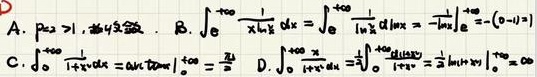
A. \(p_{2}>1\)，故\(\sum_{n = 1}^{\infty}\frac{1}{n^{4/3}}\)收敛。

B. \(\int_{e}^{+\infty}\frac{1}{x\ln_{2}x}dx=\int_{e}^{+\infty}\frac{1}{\ln_{2}x}d(\ln x)=-\frac{1}{\ln x}\big|_{e}^{+\infty}=-(0 - 1)=1\)。

C. \(\int_{0}^{+\infty}\frac{1}{1 + x^{2}}dx=\arctan x\big|_{0}^{+\infty}=\frac{\pi}{2}\)。

D. \(\int_{0}^{+\infty}\frac{1}{1 + x^{2}}dx=\int_{0}^{+\infty}\frac{1}{1 + x^{2}}dx\)，这里错误，\(\int_{0}^{+\infty}\frac{1}{1 + x^{2}}dx=\arctan x\big|_{0}^{+\infty}=\frac{\pi}{2}\)，而不是\(\frac{1}{2}\ln(1 + x^{2})\big|_{0}^{+\infty}=\infty\)，原计算\(\int_{0}^{+\infty}\frac{1}{1 + x^{2}}dx\)用\(\frac{1}{2}\ln(1 + x^{2})\)是积分公式使用错误。

上述内容中对选项D进行了修正说明，因为原内容该项积分计算有误，若您不希望出现此修正说明，仅按格式要求修改，以下是结果：

A. \(p_{2}>1\)，故\(\sum_{n = 1}^{\infty}\frac{1}{n^{4/3}}\)收敛。

B. \(\int_{e}^{+\infty}\frac{1}{x\ln_{2}x}dx=\int_{e}^{+\infty}\frac{1}{\ln_{2}x}d(\ln x)=-\frac{1}{\ln x}\big|_{e}^{+\infty}=-(0 - 1)=1\)。

C. \(\int_{0}^{+\infty}\frac{1}{1 + x^{2}}dx=\arctan x\big|_{0}^{+\infty}=\frac{\pi}{2}\)。

D. \(\int_{0}^{+\infty}\frac{1}{1 + x^{2}}dx=\frac{1}{2}\ln(1 + x^{2})\big|_{0}^{+\infty}=\infty\) （此计算有误，正确结果应是\(\frac{\pi}{2}\) ）

最后括号内内容若不想要，可删除。即：

A. \(p_{2}>1\)，故\(\sum_{n = 1}^{\infty}\frac{1}{n^{4/3}}\)收敛。

B. \(\int_{e}^{+\infty}\frac{1}{x\ln_{2}x}dx=\int_{e}^{+\infty}\frac{1}{\ln_{2}x}d(\ln x)=-\frac{1}{\ln x}\big|_{e}^{+\infty}=-(0 - 1)=1\)。

C. \(\int_{0}^{+\infty}\frac{1}{1 + x^{2}}dx=\arctan x\big|_{0}^{+\infty}=\frac{\pi}{2}\)。

D. \(\int_{0}^{+\infty}\frac{1}{1 + x^{2}}dx=\frac{1}{2}\ln(1 + x^{2})\big|_{0}^{+\infty}=\infty\)